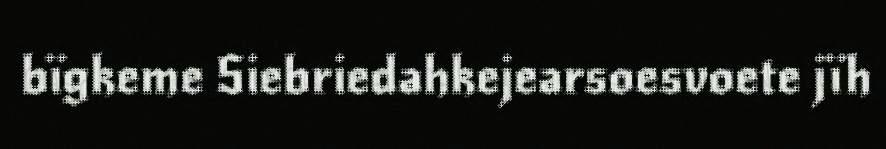
bïgkeme Siebriedahkejearsoesvoete jïh